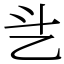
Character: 乧